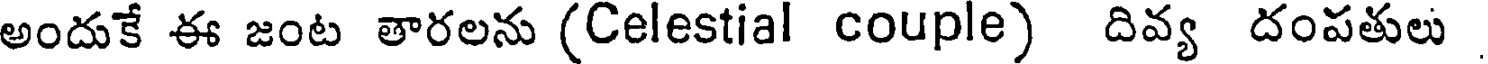
అందుకే ఈ జంట తారలను (Celestial couple) దివ్య దంపతులు